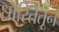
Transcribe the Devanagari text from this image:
धारितेतून